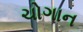
ચોગાન